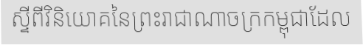
ស្ទីពីវិនិយោគនៃព្រះរាជាណាចក្រកម្ពុជាដែល